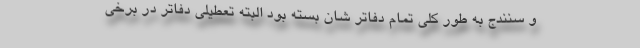
و سنندج به طور کلی تمام دفاتر شان بسته بود البته تعطیلی دفاتر در برخی